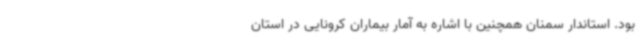
بود.‌ استاندار سمنان همچنین با اشاره به آمار بیماران کرونایی در استان